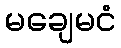
မချေမငံ